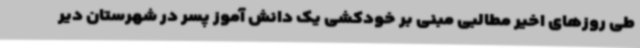
طی روزهای اخیر مطالبی مبنی بر خودکشی یک دانش آموز پسر در شهرستان دیر